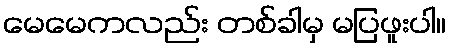
မေမေကလည်း တစ်ခါမှ မပြဖူးပါ။